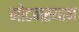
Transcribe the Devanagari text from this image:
गोटनस्थान